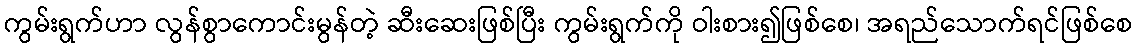
ကွမ်းရွက်ဟာ လွန်စွာကောင်းမွန်တဲ့ ဆီးဆေးဖြစ်ပြီး ကွမ်းရွက်ကို ဝါးစား၍ဖြစ်စေ၊ အရည်သောက်ရင်ဖြစ်စေ